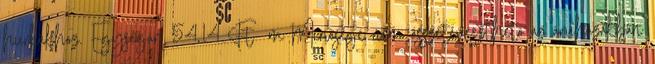
hurkákhoz. Egységár: 54,14 Ft m Minősége nem összetéveszthető az áruházakban